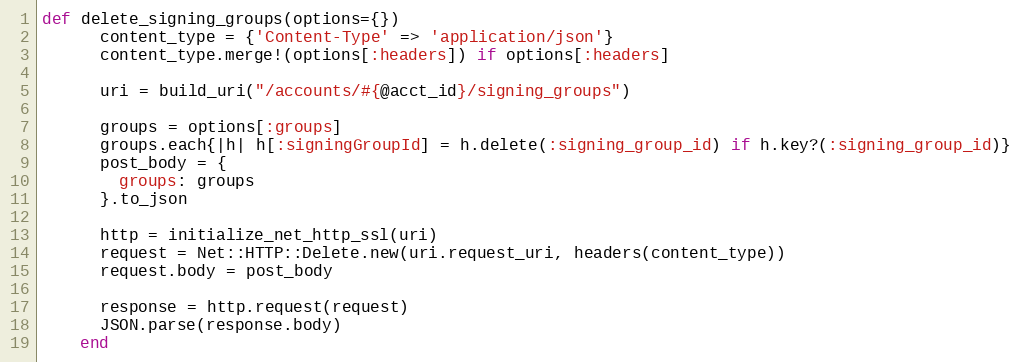
Language: Ruby
def delete_signing_groups(options={})
      content_type = {'Content-Type' => 'application/json'}
      content_type.merge!(options[:headers]) if options[:headers]

      uri = build_uri("/accounts/#{@acct_id}/signing_groups")

      groups = options[:groups]
      groups.each{|h| h[:signingGroupId] = h.delete(:signing_group_id) if h.key?(:signing_group_id)}
      post_body = {
        groups: groups
      }.to_json

      http = initialize_net_http_ssl(uri)
      request = Net::HTTP::Delete.new(uri.request_uri, headers(content_type))
      request.body = post_body

      response = http.request(request)
      JSON.parse(response.body)
    end